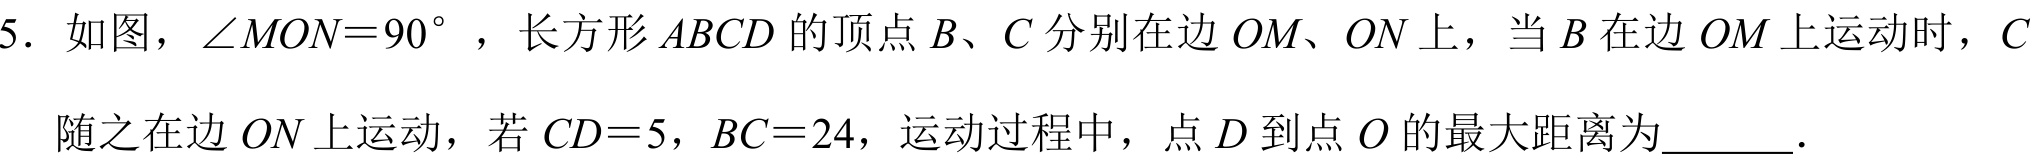
5. 如图，\(\angle MON = 90^{\circ}\)，长方形\(ABCD\)的顶点\(B\)、\(C\)分别在边\(OM\)、\(ON\)上，当\(B\)在边\(OM\)上运动时，\(C\)随之在边\(ON\)上运动，若\(CD = 5\)，\(BC = 24\)，运动过程中，点\(D\)到点\(O\)的最大距离为______.